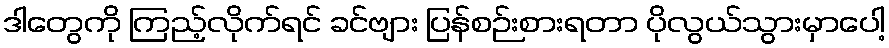
ဒါတွေကို ကြည့်လိုက်ရင် ခင်ဗျား ပြန်စဉ်းစားရတာ ပိုလွယ်သွားမှာပေါ့